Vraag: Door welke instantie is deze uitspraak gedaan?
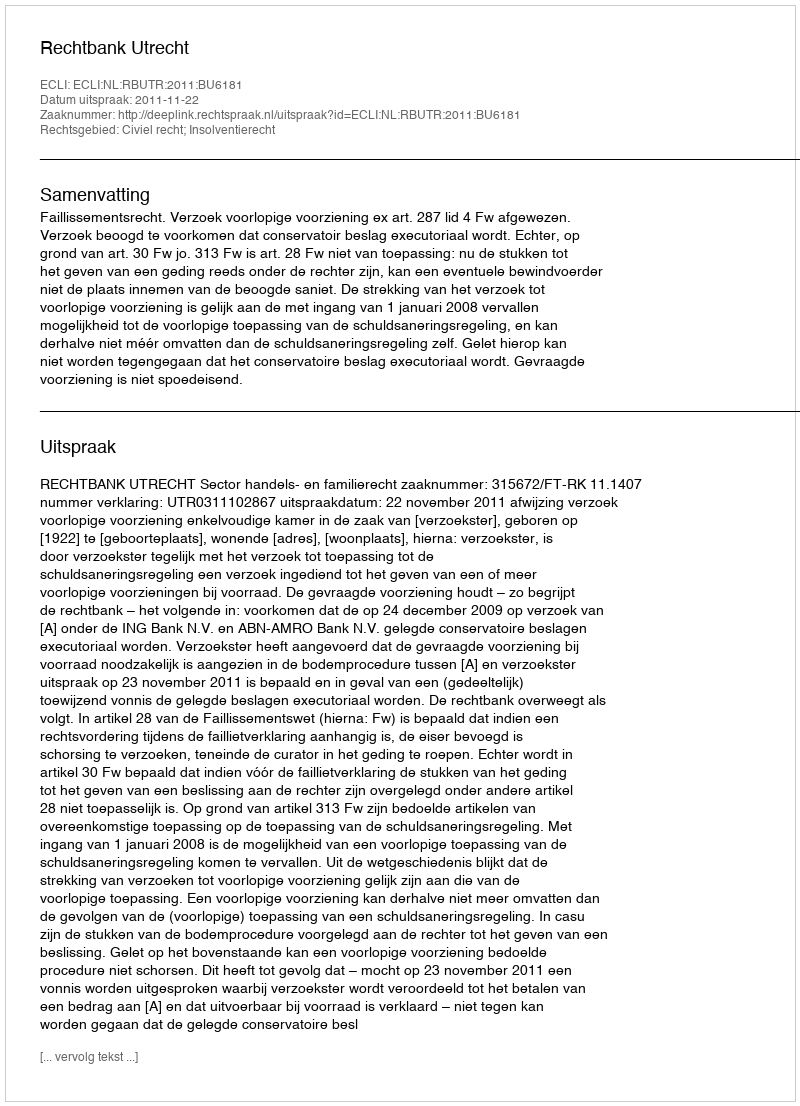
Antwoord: Rechtbank Utrecht